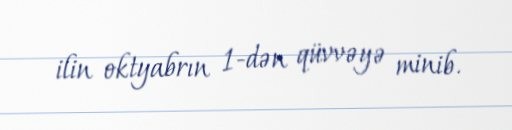
ilin oktyabrın 1-dən qüvvəyə minib.